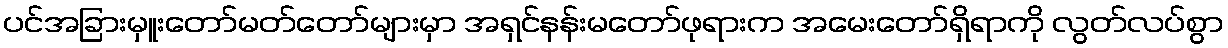
ပင်အခြားမှူးတော်မတ်တော်များမှာ အရှင်နန်းမတော်ဖုရားက အမေးတော်ရှိရာကို လွတ်လပ်စွာ